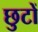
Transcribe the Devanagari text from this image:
छुटों